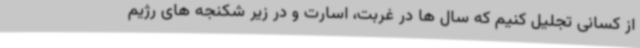
از کسانی تجلیل کنیم که سال ها در غربت، اسارت و در زیر شکنجه های رژیم